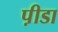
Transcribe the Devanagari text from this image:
प़ीडा